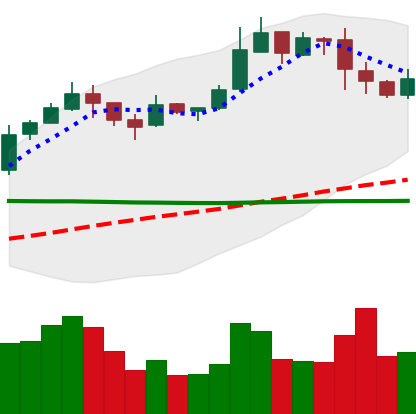
Ticker: BNB-USD
Chart end date: 2019-02-27
Forward return: 16.636%
Label: up_7plus